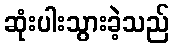
ဆုံးပါးသွားခဲ့သည်